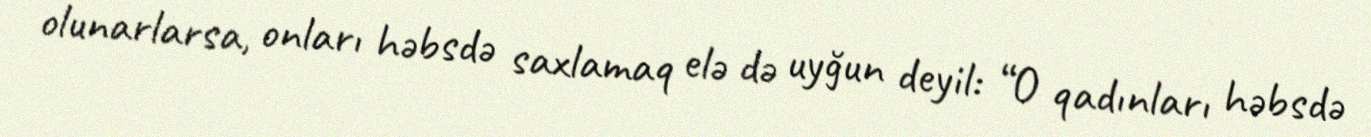
olunarlarsa, onları həbsdə saxlamaq elə də uyğun deyil: “O qadınları həbsdə